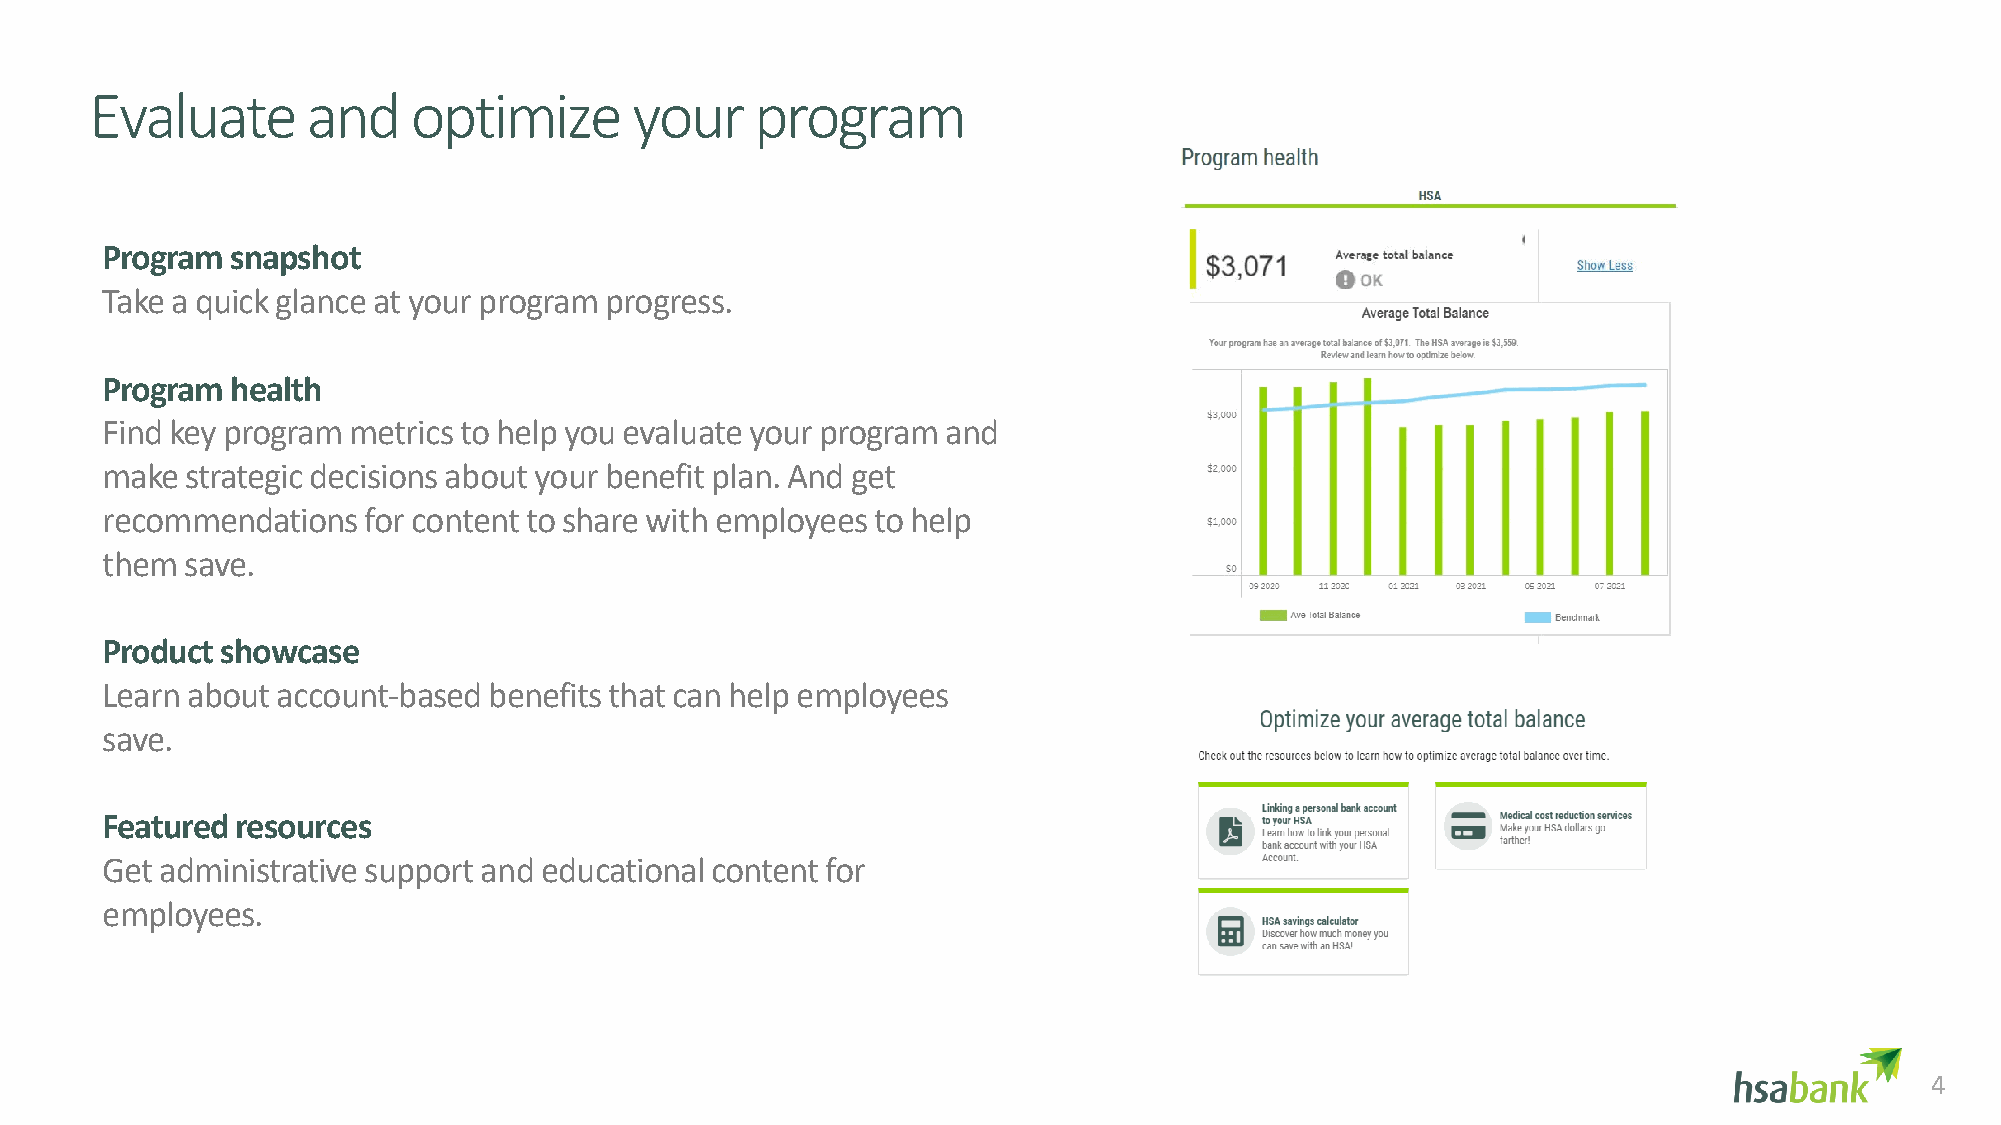
Evaluate      and    optimize       your    program
 Program snapshot
 Take a quick glance at your program progress.
 Program health
 Find key program metrics to help you evaluate your program and
 make strategic decisions about your benefit plan. And get
 recommendations  for content to share with employees to help
 them save.
 Product showcase
 Learn about account-based benefits that can help employees
 save.
 Featured resources
 Get administrative support and educational content for
 employees.
 4